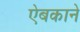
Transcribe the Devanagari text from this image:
ऐबकाने